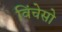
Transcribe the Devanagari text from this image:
विंचेसो